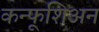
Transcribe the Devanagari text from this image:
कन्फूशिअन